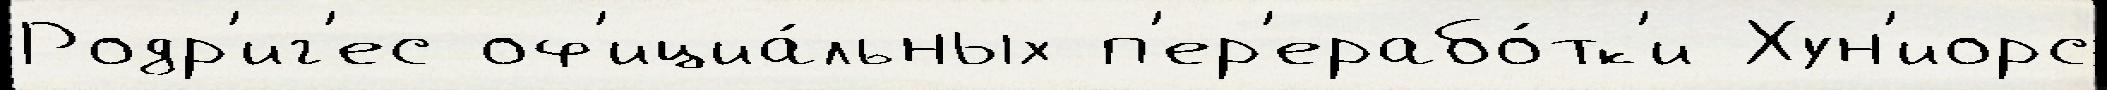
Родр'иг'ес оф'ициа́льных п'ер'ерабо́тк'и Хун'иорс